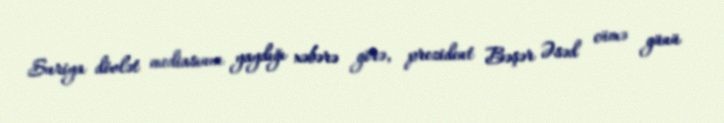
Suriya dövlət mediasının yaydığı xəbərə görə, prezident Bəşər Əsəd cümə günü